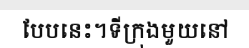
បែបនេះ។ទីក្រុងមួយនៅ